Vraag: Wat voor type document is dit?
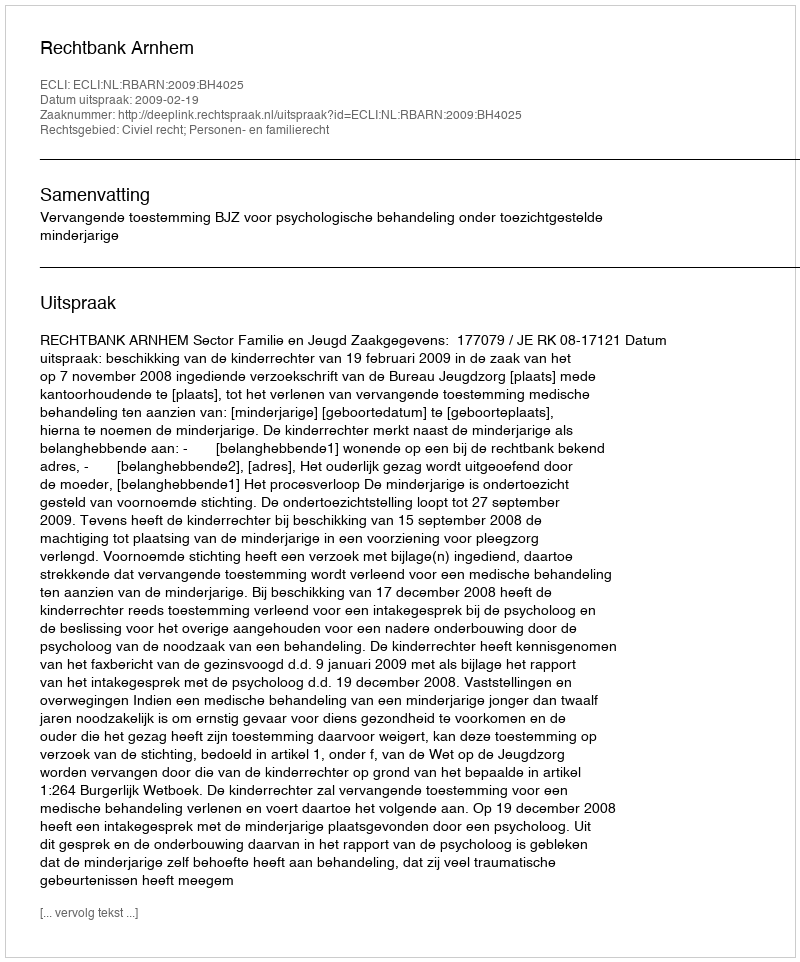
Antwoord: Uitspraak